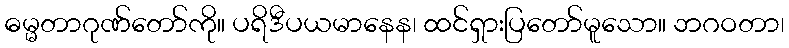
ဓမ္မတာဂုဏ်တော်ကို။ ပရိဒီပယမာနေန၊ ထင်ရှားပြတော်မူသော။ ဘဂဝတာ၊